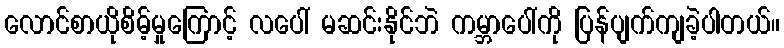
လောင်စာယိုစိမ့်မှုကြောင့် လပေါ် မဆင်းနိုင်ဘဲ ကမ္ဘာပေါ်ကို ပြန်ပျက်ကျခဲ့ပါတယ်။